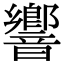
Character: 響